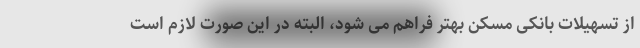
از تسهیلات بانکی مسکن بهتر فراهم می شود، البته در این صورت لازم است